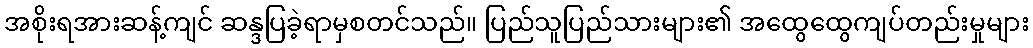
အစိုးရအားဆန့်ကျင် ဆန္ဒပြခဲ့ရာမှစတင်သည်။ ပြည်သူပြည်သားများ၏ အထွေထွေကျပ်တည်းမှုများ